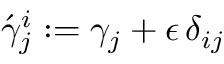
{ \acute { \gamma } _ { j } ^ { i } } : = \gamma _ { j } + \epsilon \, \delta _ { i j }